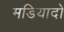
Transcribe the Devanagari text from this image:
मडियादो